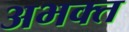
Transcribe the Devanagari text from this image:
अभक्‍त